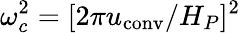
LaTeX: \omega_{c}^{2}=[2\pi u_{\mathrm{conv}}/H_{P}]^{2}